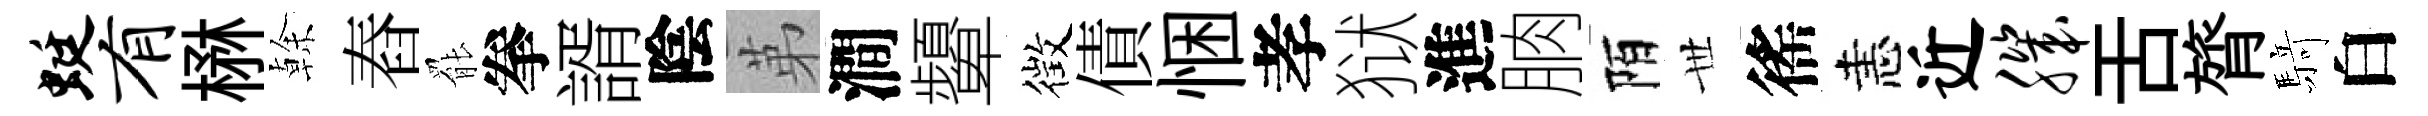
蜓有楙𠏉舂罷拳諝陰苐澗顰徴債悃孝狱進朒陌𠀍徭恚近肌舌膂𮪍白